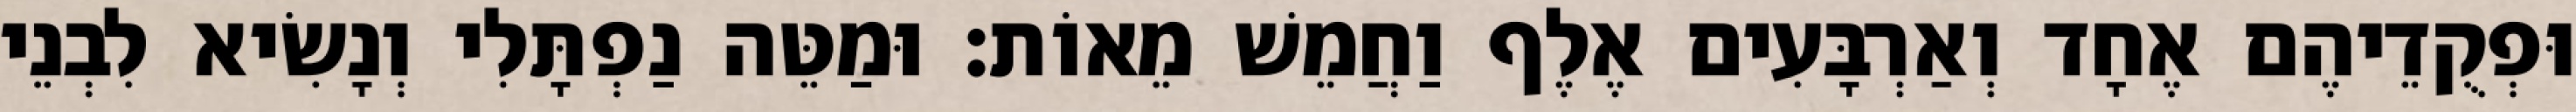
וּפְקֻדֵיהֶם אֶחָד וְאַרְבָּעִים אֶלֶף וַחֲמֵשׁ מֵאוֹת׃ וּמַטֵּה נַפְתָּלִי וְנָשִׂיא לִבְנֵי